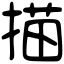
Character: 描